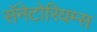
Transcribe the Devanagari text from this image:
सॅनेटोरियम्स